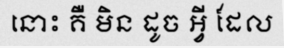
នោះ គឺ មិន ដូច អ្វី ដែល